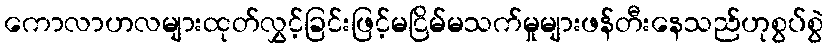
ကောလာဟလများထုတ်လွှင့်ခြင်းဖြင့်မငြိမ်မသက်မှုများဖန်တီးနေသည်ဟုစွပ်စွဲ